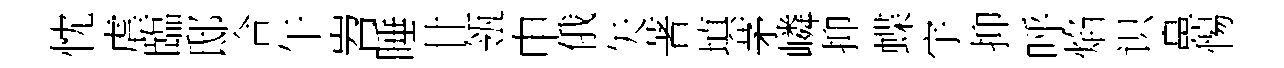
忱虐臨邸合午岧睡廿瓴申俄矢著填茅嶙抑蝶宇抑呼焰识鼻惕